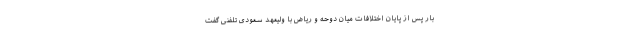
بار پس از پایان اختلافات میان دوحه و ریاض با ولیعهد سعودی تلفنی گفت